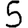
Digit: 5